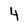
Character: 4